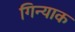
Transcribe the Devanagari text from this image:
गिन्याक